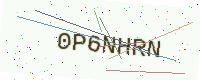
Text: 0P6NHRN